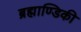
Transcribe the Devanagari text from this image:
ब्रह्माण्डिकी